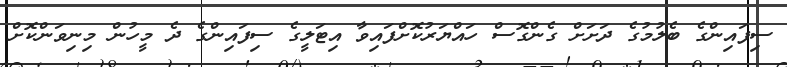
ސިފައިންގެ ބެލުމުގެ ދަށަށް ގެންގޮސް ހައްޔަރުކޮށްފައިވާ އިޓަލީގެ ސިފައިންގެ ދެ މީހުން މިނިވަންކޮށް